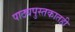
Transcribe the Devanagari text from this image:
पाठ्यपुस्तकातही